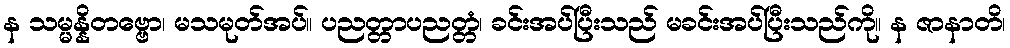
န သမ္မန္နိတဗ္ဗော၊ မသမုတ်အပ်။ ပညတ္တာပညတ္တံ၊ ခင်းအပ်ပြီးသည် မခင်းအပ်ပြီးသည်ကို။ န ဇာနာတိ၊